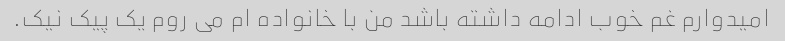
امیدوارم غم خوب ادامه داشته باشد من با خانواده ام می روم یک پیک نیک.